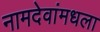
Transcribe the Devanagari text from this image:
नामदेवांमधला